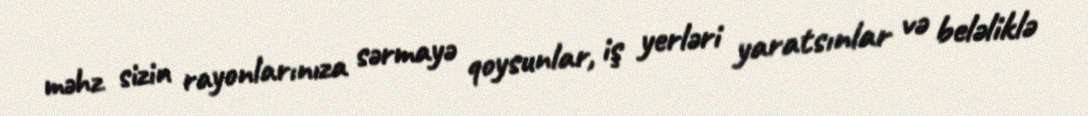
məhz sizin rayonlarınıza sərmayə qoysunlar, iş yerləri yaratsınlar və beləliklə